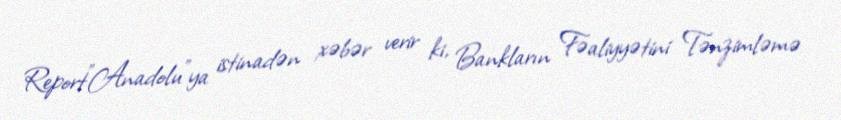
Report"Anadolu"ya istinadən xəbər verir ki, Bankların Fəaliyyətini Tənzimləmə